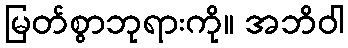
မြတ်စွာဘုရားကို။ အဘိဝါ